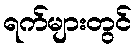
ရက်များတွင်